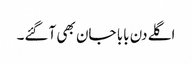
اگلے دن بابا جان بھی آگئے۔